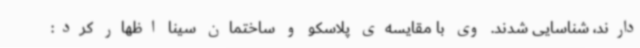
دارند، شناسایی شدند. وی با مقایسه‌ی پلاسکو و ساختمان سینا اظهار کرد: